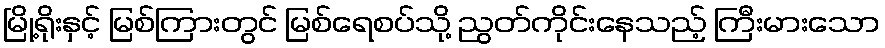
မြို့ရိုးနှင့် မြစ်ကြားတွင် မြစ်ရေစပ်သို့ ညွတ်ကိုင်းနေသည့် ကြီးမားသော